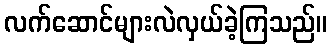
လက်ဆောင်များလဲလှယ်ခဲ့ကြသည်။